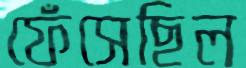
ফেঁসেছিল